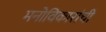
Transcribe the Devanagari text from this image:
मनोविकारांची